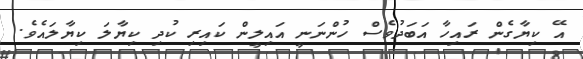
އޭ ކިޔާގެން ރައިހާ އަބަދުވެސް ހުންނަނީ އައިލީން ކައިރި ކުދި ކިޔާލަ ކިޔާލައެވެ.